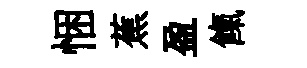
悃蕉盈餼